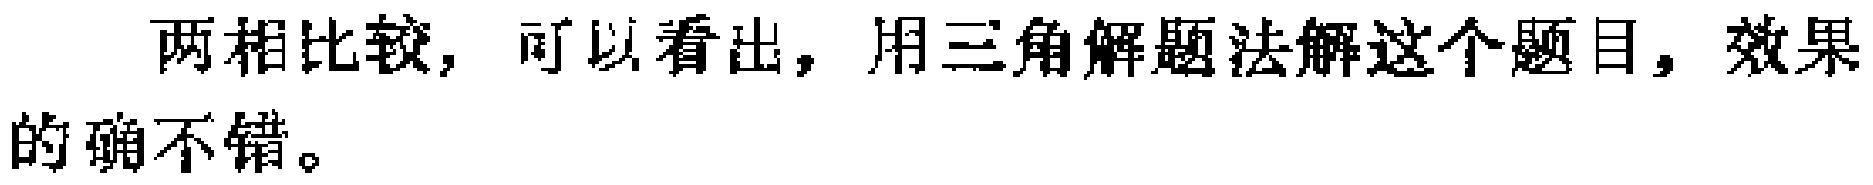
两相比较，可以看出，用三角解题法解这个题目，效果的确不错。